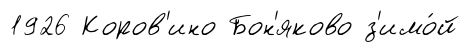
1926 Коров'ино Бон'яково з'имо́й